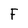
Character: F